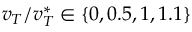
v _ { T } / v _ { T } ^ { * } \in \{ 0 , 0 . 5 , 1 , 1 . 1 \}